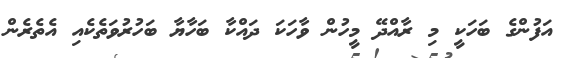
އަފުންގެ ބަހަކީ މި ރާއްދޭ މީހުން ވާހަކަ ދައްކާ ބަހާޔާ ބަހުރުވަތެކެއި އެތެރެން